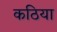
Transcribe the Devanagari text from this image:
कठिया